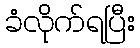
ခံလိုက်ရပြီး